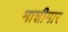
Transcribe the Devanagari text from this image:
माशीमार